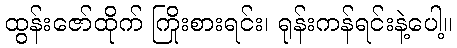
ထွန်းဇော်ထိုက် ကြိုးစားရင်း၊ ရုန်းကန်ရင်းနဲ့ပေါ့။